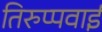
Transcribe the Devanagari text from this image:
तिरुप्पवाई